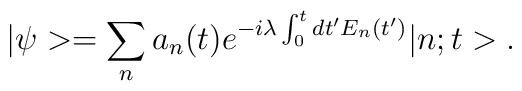
|\psi> = \sum_n a_n(t) e^{-i\lambda\int_0^t dt' E_n(t')} |n;t>.